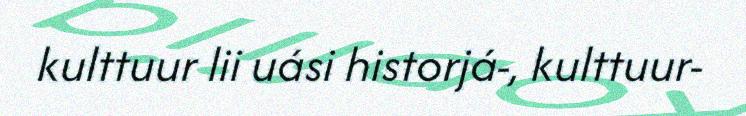
kulttuur lii uási historjá-, kulttuur-